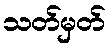
သတ်မှတ်